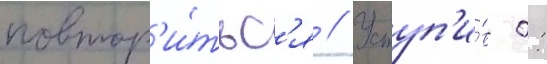
повтор'и́тьс'я // Уступ'и́в 0: